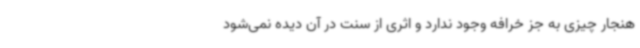
هنجار چیزی به جز خرافه وجود ندارد و اثری از سنت در آن دیده نمی‌شود